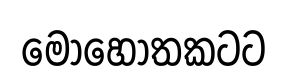
මොහොතකටට